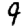
Digit: 9